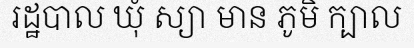
រដ្ឋបាល ឃុំ ស្យា មាន ភូមិ ក្បាល